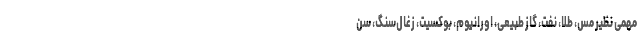
مهمی نظیر مس، طلا، نفت، گاز طبیعی، اورانیوم، بوکسیت، زغال‌سنگ، سن